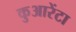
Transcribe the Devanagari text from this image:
कुआरेंटा